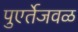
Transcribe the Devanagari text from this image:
पुएर्तेजवळ